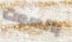
بالصوت